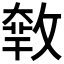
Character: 𢾴